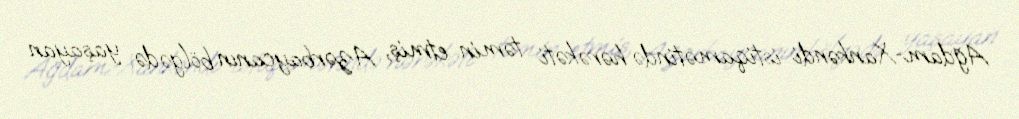
Ağdam-Xankəndi istiqamətində hərəkəti təmin etmiş, Azərbaycanın bölgədə yaşayan